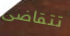
تتقاضى